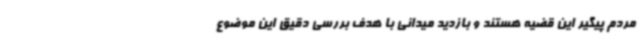
مردم پیگیر این قضیه هستند و بازدید میدانی با هدف بررسی دقیق این موضوع